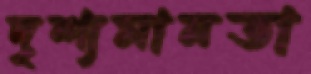
দৃশ্যমানতা